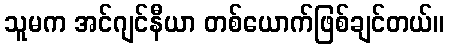
သူမက အင်ဂျင်နီယာ တစ်ယောက်ဖြစ်ချင်တယ်။